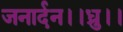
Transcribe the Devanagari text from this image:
जनार्दन।।ध्रु।।